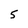
Character: 5